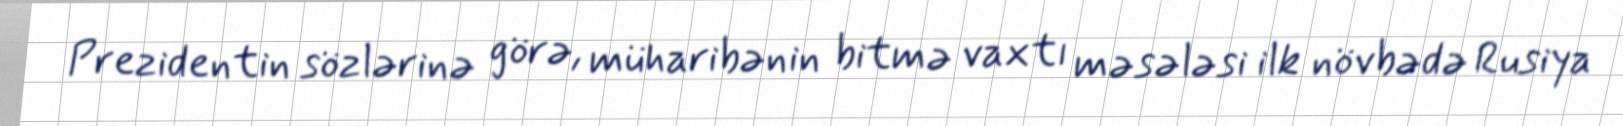
Prezidentin sözlərinə görə, müharibənin bitmə vaxtı məsələsi ilk növbədə Rusiya